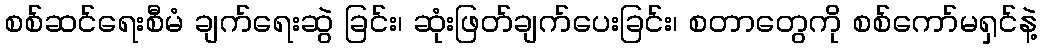
စစ်ဆင်ရေးစီမံ ချက်ရေးဆွဲ ခြင်း၊ ဆုံးဖြတ်ချက်ပေးခြင်း၊ စတာတွေကို စစ်ကော်မရှင်နဲ့